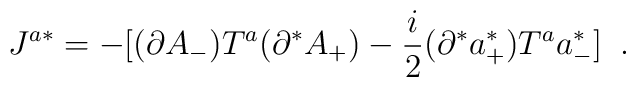
J^{a*} = -[(\partial A_-)T^a(\partial^*A_+) - \frac{i}{2}(\partial^*a^*_+)T^aa^*_-]\;\;.